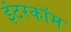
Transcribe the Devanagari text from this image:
इंटरकाॅम